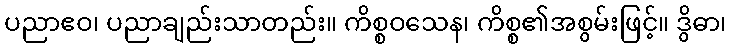
ပညာဧဝ၊ ပညာချည်းသာတည်း။ ကိစ္စဝသေန၊ ကိစ္စ၏အစွမ်းဖြင့်။ ဒွိဓာ၊